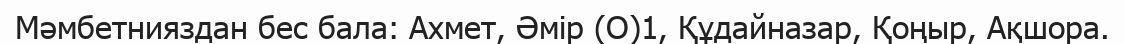
Мәмбетнияздан бес бала: Ахмет, Әмір (О)1, Құдайназар, Қоңыр, Ақшора.